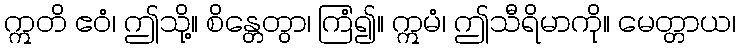
ဣတိ ဧဝံ၊ ဤသို့။ စိန္တေတွာ၊ ကြံ၍။ ဣမံ၊ ဤသီရိမာကို။ မေတ္တာယ၊